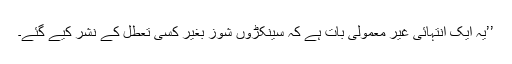
’’یہ ایک انتہائی غیر معمولی بات ہے کہ سینکڑوں شوز بغیر کسی تعطل کے نشر کیے گئے۔